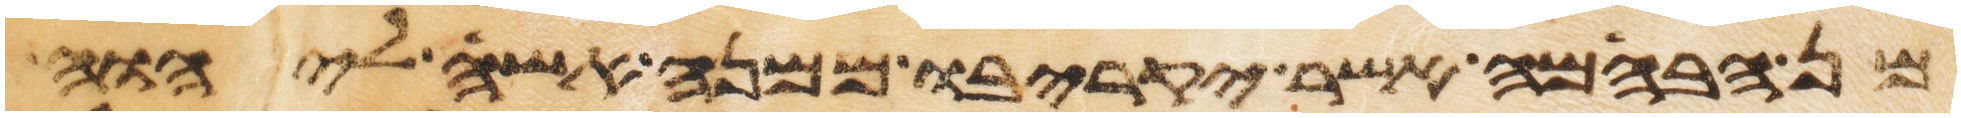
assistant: מן הבהמה אשר יקריבו ממנה אשה ליהוה